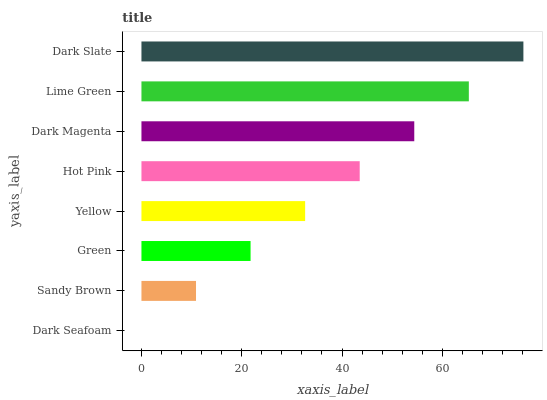
| yaxis_label | bars |
 | --- | --- |
 | Dark Seafoam | 0 |
 | Sandy Brown | 10.9 |
 | Green | 21.8 |
 | Yellow | 32.6 |
 | Hot Pink | 43.5 |
 | Dark Magenta | 54.4 |
 | Lime Green | 65.3 |
 | Dark Slate | 76.2 |